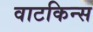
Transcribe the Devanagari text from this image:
वाटकिन्स